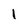
Character: i